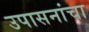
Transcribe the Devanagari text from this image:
उपासनांचा